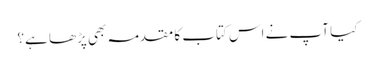
کیا آپ نے اس کتاب کا مقدمہ بھی پڑھا ہے؟